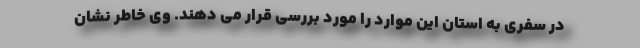
در سفری به استان این موارد را مورد بررسی قرار می دهند. وی خاطر نشان